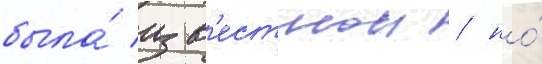
была́ изв'естнои / но́